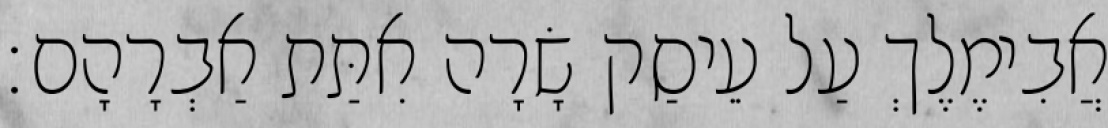
אֲבִימֶלֶךְ עַל עֵיסַק שָׂרָה אִתַּת אַבְרָהָם׃